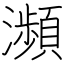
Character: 瀕